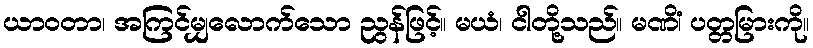
ယာဝတာ၊ အကြင်မျှလောက်သော ညွန်ဖြင့်။ မယံ၊ ငါတို့သည်။ မဏိံ၊ ပတ္တမြားကို။